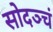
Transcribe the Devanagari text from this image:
सोदञ्चं